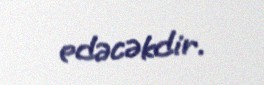
edəcəkdir.